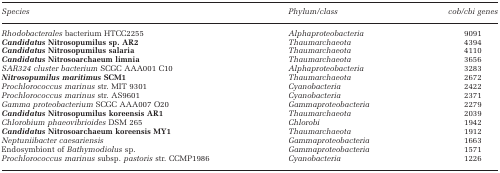
<table><thead><tr><td><b><i>Species</i></b></td><td><b><i>Phylum/class</i></b></td><td><b><i>cob/cbi genes</i></b></td></tr></thead><tbody><tr><td><i>Rhodobacterales</i> bacterium HTCC2255</td><td><i>Alphaproteobacteria</i></td><td>9091</td></tr><tr><td><b><i>Candidatus</i> Nitrosopumilus sp. AR2</b></td><td><i>Thaumarchaeota</i></td><td>4394</td></tr><tr><td><i><b>Candidatus</b></i><b>Nitrosopumilus salaria</b></td><td><i>Thaumarchaeota</i></td><td>4110</td></tr><tr><td><i><b>Candidatus</b></i><b>Nitrosoarchaeum limnia</b></td><td><i>Thaumarchaeota</i></td><td>3656</td></tr><tr><td><i>SAR324 cluster bacterium</i> SCGC AAA001 C10</td><td><i>Alphaproteobacteria</i></td><td>3283</td></tr><tr><td><i><b>Nitrosopumilus maritimus</b></i><b>SCM1</b></td><td><i>Thaumarchaeota</i></td><td>2672</td></tr><tr><td><i>Prochlorococcus marinus</i> str. MIT 9301</td><td><i>Cyanobacteria</i></td><td>2422</td></tr><tr><td><i>Prochlorococcus marinus</i> str. AS9601</td><td><i>Cyanobacteria</i></td><td>2371</td></tr><tr><td><i>Gamma proteobacterium</i> SCGC AAA007 O20</td><td><i>Gammaproteobacteria</i></td><td>2279</td></tr><tr><td><b><i>Candidatus</i> Nitrosopumilus koreensis AR1</b></td><td><i>Thaumarchaeota</i></td><td>2039</td></tr><tr><td><i>Chlorobium phaeovibrioides</i> DSM 265</td><td><i>Chlorobi</i></td><td>1942</td></tr><tr><td><i><b>Candidatus</b></i><b>Nitrosoarchaeum koreensis</b><b>MY1</b></td><td><i>Thaumarchaeota</i></td><td>1912</td></tr><tr><td><i>Neptuniibacter caesariensis</i></td><td><i>Gammaproteobacteria</i></td><td>1663</td></tr><tr><td>Endosymbiont of <i>Bathymodiolus</i> sp.</td><td><i>Gammaproteobacteria</i></td><td>1571</td></tr><tr><td><i>Prochlorococcus marinus</i> subsp. <i>pastoris</i> str. CCMP1986</td><td><i>Cyanobacteria</i></td><td>1226</td></tr></tbody></table>